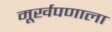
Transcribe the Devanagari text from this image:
मूर्खपणाला